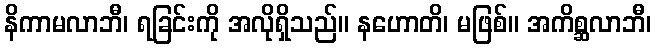
နိကာမလာဘီ၊ ရခြင်းကို အလိုရှိသည်။ နဟောတိ၊ မဖြစ်။ အကိစ္ဆလာဘီ၊